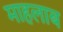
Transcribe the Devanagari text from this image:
माहलाब